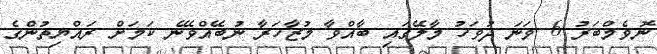
ނޮވެމްބަރު 6 ވަނަ ދުވަހު މާލޭގައި ބާއްވާ މުޒާހަރާ ނުބޭއްވޭނެ ކަމަށް ރައްޔިތުންގެ